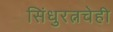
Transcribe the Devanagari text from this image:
सिंधुरत्नचेही